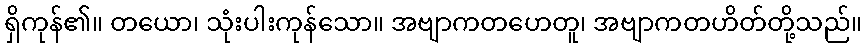
ရှိကုန်၏။ တယော၊ သုံးပါးကုန်သော။ အဗျာကတဟေတူ၊ အဗျာကတဟိတ်တို့သည်။